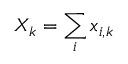
X _ { k } = \sum _ { i } x _ { i , k }